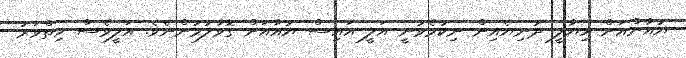
ޔުއާންއަށް ހިޔާލީ ދުނިޔެއިން ނިކުމެވުނީ އަލީ އައިސް ޔުއާއަށް ގޮވާލުމުންނެވެ. އަލީވެސް ހިތްވަރު